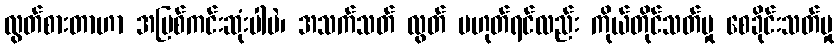
လွတ်စားတာဟာ အပြစ်ကင်းဆုံးပါပဲ၊ အသက်သတ် လွတ် မဟုတ်ရင်လည်း ကိုယ်တိုင်သတ်မှု စေခိုင်းသတ်မှု